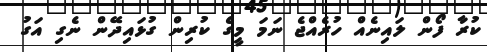
ކުރާ ފޯން ލައިނެއް ހުރެއްޖެ ނަމަ މީގެ ކުރިން ގުޅައިދޭން ނެގި އަގު